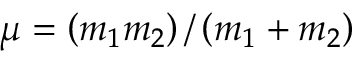
\mu = \left( m _ { 1 } m _ { 2 } \right) / \left( m _ { 1 } + m _ { 2 } \right)